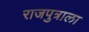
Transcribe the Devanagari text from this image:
राजपुत्राला